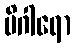
မိဂါရော